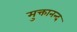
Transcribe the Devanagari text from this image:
मुक्तानन्द